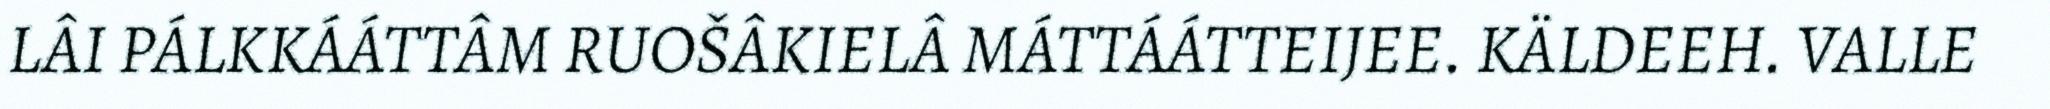
LÂI PÁLKKÁÁTTÂM RUOŠÂKIELÂ MÁTTÁÁTTEIJEE. KÄLDEEH. VALLE